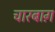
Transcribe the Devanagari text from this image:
चारबाग़